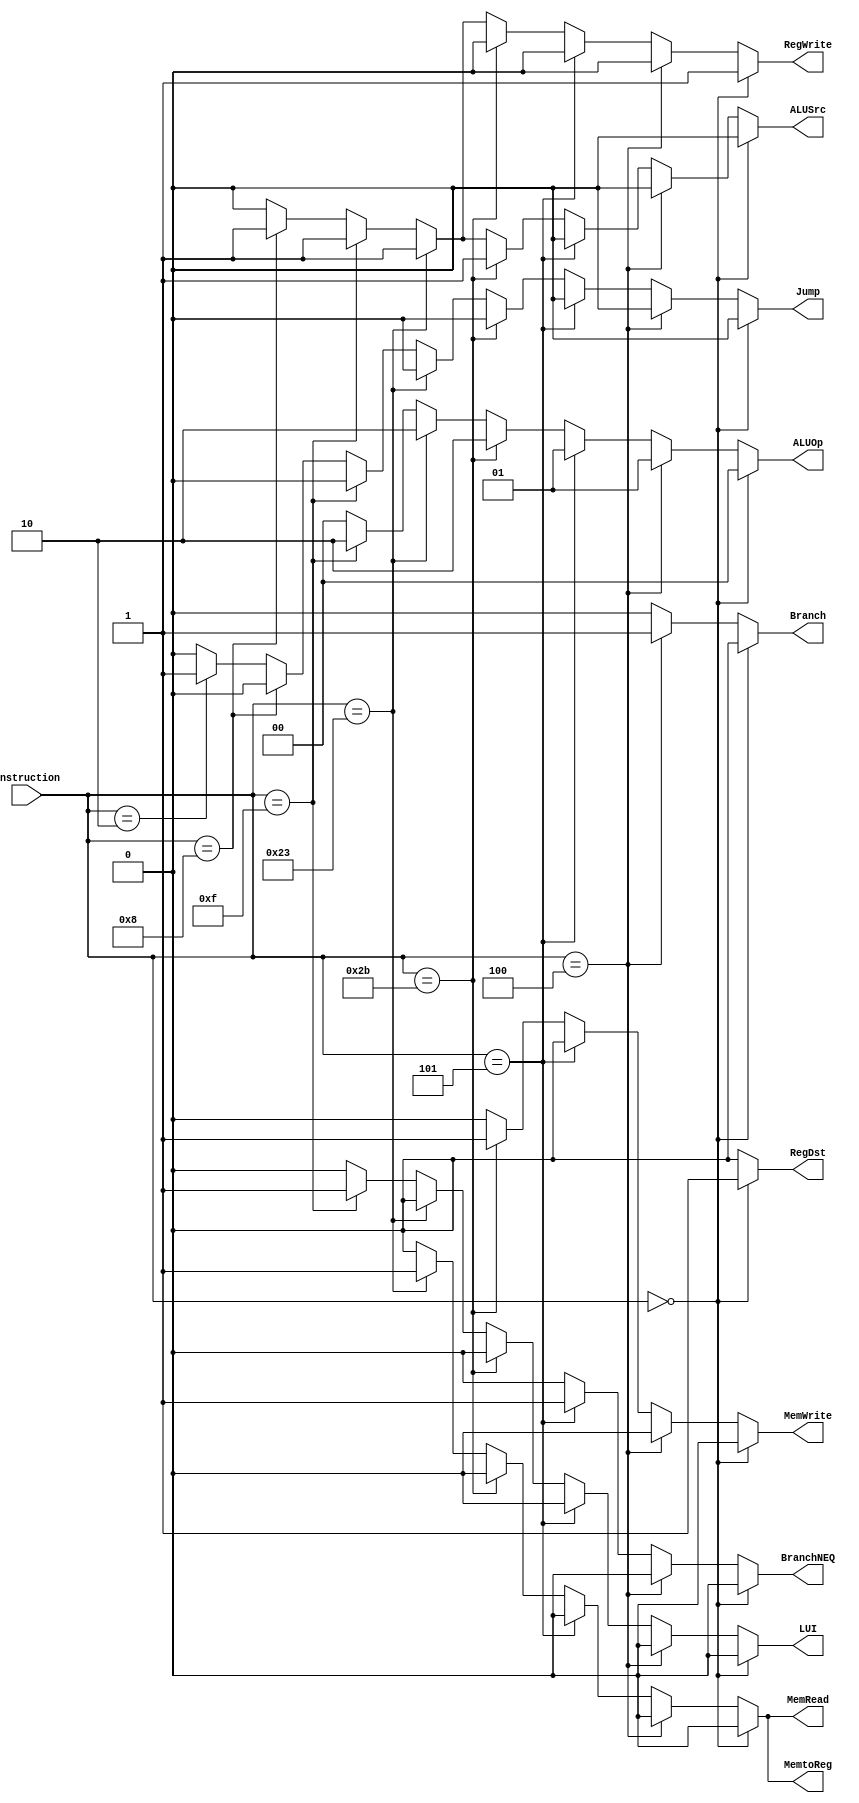
`timescale 1ns / 1ns

module control(
		input [5:0] instruction,
		output reg [1:0] ALUOp,
		output reg MemRead,
		output reg MemtoReg,
		output reg RegDst,
		output reg Branch, 
		output reg BranchNEQ, 
		output reg ALUSrc,
		output reg MemWrite,
		output reg RegWrite,
		output reg Jump, 
		output reg LUI  
		);


always @(*) begin
		if (instruction == 6'b00_0000) begin				//RType
		ALUOp = 2'b00;
		MemRead = 1'b0;
		MemtoReg = 1'b0;
		RegDst = 1'b1;
      Branch = 1'b0; 
      BranchNEQ = 1'b0; 
      LUI = 1'b0; 		
	   ALUSrc = 1'b0;
		MemWrite = 1'b0;
		RegWrite = 1'b1;
		Jump = 1'b0;
		end else if (instruction == 6'b00_0100) begin   //branch equal
		ALUOp = 2'b01;
		MemRead = 1'b0;
		MemtoReg = 1'b0;
		RegDst = 1'b0;
      Branch = 1'b1; 
      BranchNEQ = 1'b0; 	
      LUI = 1'b0; 		
	   ALUSrc = 1'b0;
		MemWrite = 1'b0;
		RegWrite = 1'b0;
		Jump = 1'b0;
		end else if (instruction == 6'b00_0101) begin   //branch not equal
		ALUOp = 2'b01; 
		MemRead = 1'b0;
		MemtoReg = 1'b0;
		RegDst = 1'b0;
      Branch = 1'b0; 
      BranchNEQ = 1'b1; 	
      LUI = 1'b0; 		
	   ALUSrc = 1'b0;
		MemWrite = 1'b0;
		RegWrite = 1'b0;
		Jump = 1'b0;
		end else if (instruction == 6'b10_1011) begin   // sw
		ALUOp = 2'b10;
		MemRead = 1'b0;
		MemtoReg = 1'b0;
		RegDst = 1'b0;
      Branch = 1'b0;	
      BranchNEQ = 1'b0; 	
      LUI = 1'b0; 	
	   ALUSrc = 1'b1;
		MemWrite = 1'b1;
		RegWrite = 1'b0;
		Jump = 1'b0;
		end else if (instruction == 6'b10_0011) begin   // lw
		ALUOp = 2'b10;
		MemRead = 1'b1;
		MemtoReg = 1'b1;
		RegDst = 1'b0;
      Branch = 1'b0;	
      BranchNEQ = 1'b0; 	
      LUI = 1'b0; 	
	   ALUSrc = 1'b1;
		MemWrite = 1'b0;
		RegWrite = 1'b1;
		Jump = 1'b0;
		end else if (instruction == 6'b00_1111) begin   //LUI
		ALUOp = 2'b10; //change 
		MemRead = 1'b0;
		MemtoReg = 1'b0;
		RegDst = 1'b0;
      Branch = 1'b0; 
      BranchNEQ = 1'b0; 	
      LUI = 1'b1; 		
	   ALUSrc = 1'b1;
		MemWrite = 1'b0;
		RegWrite = 1'b1;
		Jump = 1'b0;
		end else if (instruction == 6'b00_1000) begin //addi
		ALUOp = 2'b00;
		MemRead = 1'b0;
		MemtoReg = 1'b0;
		RegDst = 1'b0;
      Branch = 1'b0;	
      BranchNEQ = 1'b0; 	
      LUI = 1'b0; 	
	   ALUSrc = 1'b1;
		MemWrite = 1'b0;
		RegWrite = 1'b1;
		Jump = 1'b0;
		end else if (instruction == 6'b00_0010) begin //j
		ALUOp = 2'b00;
		MemRead = 1'b0;
		MemtoReg = 1'b0;
		RegDst = 1'b0;
      Branch = 1'b0;	
      BranchNEQ = 1'b0; 	
      LUI = 1'b0; 	
	   ALUSrc = 1'b0;
		MemWrite = 1'b0;
		RegWrite = 1'b0;
		Jump = 1'b1;
		end else begin //other
		ALUOp = 2'b00;
		MemRead = 1'b0;
		MemtoReg = 1'b0;
		RegDst = 1'b0;
		Jump = 1'b0;
      Branch = 1'b0;	
      BranchNEQ = 1'b0; 
      LUI = 1'b0; 		
	   ALUSrc = 1'b0;
		MemWrite = 1'b0;
		RegWrite = 1'b0;
		end 
end
endmodule